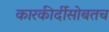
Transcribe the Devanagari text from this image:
कारकीर्दीसोबतच